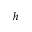
h